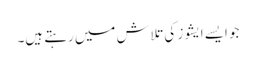
جو ایسے ایشوز کی تلاش میں رہتے ہیں۔